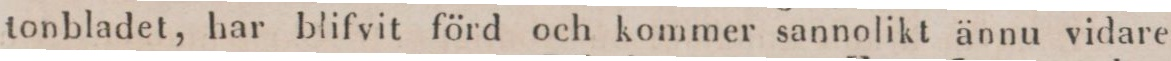
tonbladet, har blifvit förd och kommer sannolikt ännu vidare